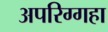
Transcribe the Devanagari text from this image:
अपरिग्गहा